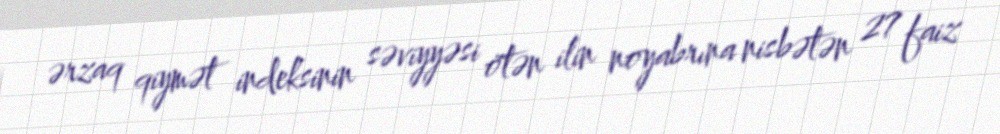
ərzaq qiymət indeksinin səviyyəsi ötən ilin noyabrına nisbətən 27 faiz